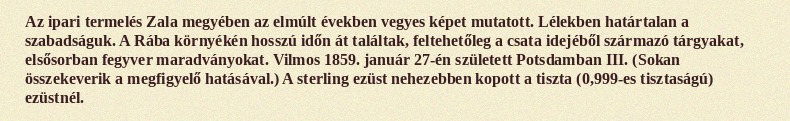
Az ipari termelés Zala megyében az elmúlt években vegyes képet mutatott. Lélekben határtalan a szabadságuk. A Rába környékén hosszú időn át találtak, feltehetőleg a csata idejéből származó tárgyakat, elsősorban fegyver maradványokat. Vilmos 1859. január 27-én született Potsdamban III. (Sokan összekeverik a megfigyelő hatásával.) A sterling ezüst nehezebben kopott a tiszta (0,999-es tisztaságú) ezüstnél.